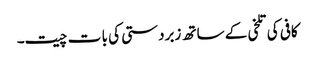
کافی کی تلخی کے ساتھ زبردستی کی با ت چیت۔